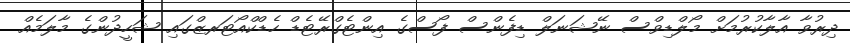
ދިރުވާ އާލާކުރުމަށް މޯލްޑިވްސް ނޭޝަނަލް ޑިފެންސް ފޯސްގެ އިންޓެގްރޭޓެޑް ހެޑްކްއޯޓަރޒްގައި ޝަހީދުންގެ މާލަމެއް